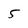
Character: 5